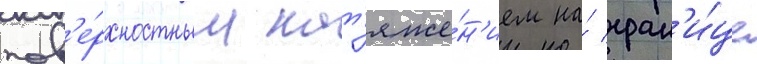
пов'е́рхностным нат'яже́н'ием на́ гран'и́це